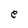
Character: e